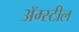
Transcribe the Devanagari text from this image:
अॅम्स्टील